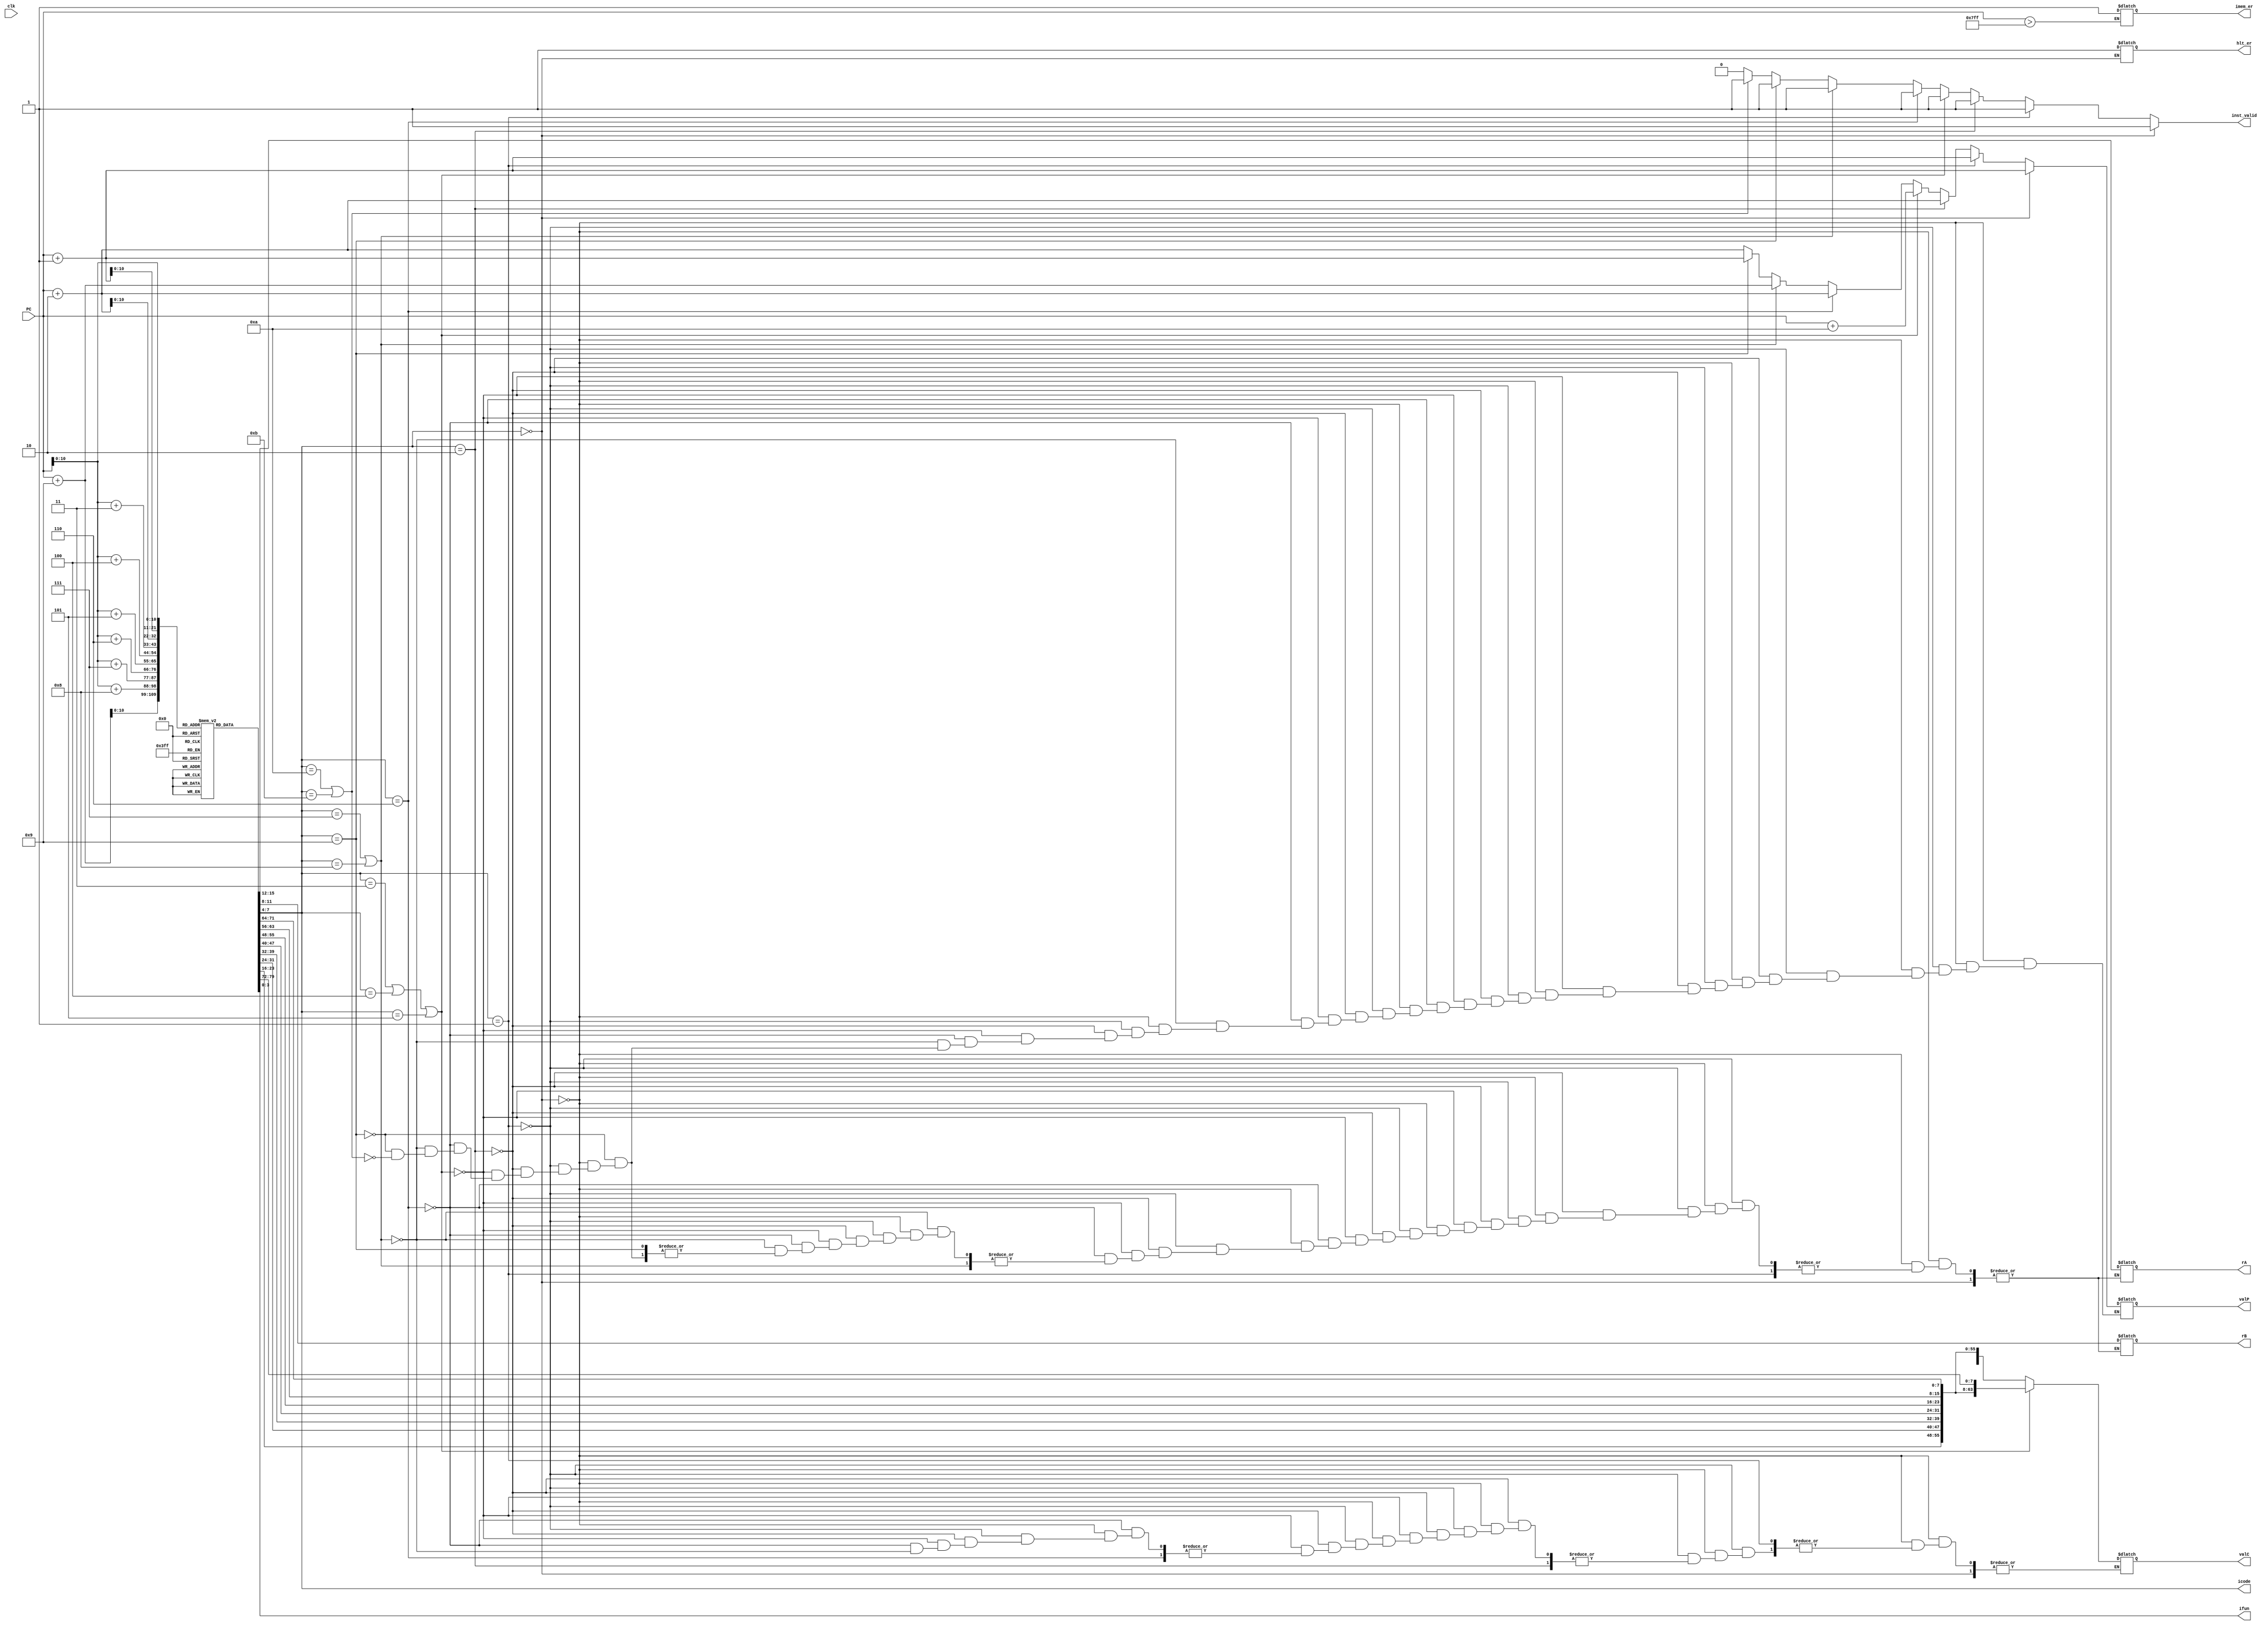
module fetch(clk, PC, icode, ifun, rA, rB, valC, valP, inst_valid, imem_er, hlt_er);

  input clk;                    
  input [63:0] PC;
  output reg [3:0] icode;
  output reg [3:0] ifun;
  output reg [3:0] rA;
  output reg [3:0] rB; 
  output reg [63:0] valC;
  output reg [63:0] valP;
  output reg inst_valid;         //Status condition for instruction invalidity
  output reg imem_er;            //Status condition for invalid address
  output reg hlt_er;             //Status condition for halt
  reg [7:0] insmem[2047:0];      //2kB of instruction memory cause why not
  reg [0:79] inst;               //10 byte max length for instruction

  initial begin
      insmem[0] = 48;
      insmem[1] = 240;
      insmem[2] = 0;
      insmem[3] = 0;
      insmem[4] = 0;
      insmem[5] = 0;
      insmem[6] = 0;
      insmem[7] = 0;
      insmem[8] = 0;
      insmem[9] = 4;

      insmem[10] = 48;
      insmem[11] = 243;
      insmem[12] = 0;
      insmem[13] = 0;
      insmem[14] = 0;
      insmem[15] = 0;
      insmem[16] = 0;
      insmem[17] = 0;
      insmem[18] = 0;
      insmem[19] = 10;

      insmem[20] = 96;
      insmem[21] = 3;

      insmem[22] = 96;
      insmem[23] = 3;

      insmem[24] = 64;
      insmem[25] = 48;
      insmem[26] = 0;
      insmem[27] = 0;
      insmem[28] = 0;
      insmem[29] = 0;
      insmem[30] = 0;
      insmem[31] = 0;
      insmem[32] = 0;
      insmem[33] = 5;

      insmem[34] =80;
      insmem[35] = 32;
      insmem[36] = 0;
      insmem[37] = 0;
      insmem[38] = 0;
      insmem[39] = 0;
      insmem[40] = 0;
      insmem[41] = 0;
      insmem[42] = 0;
      insmem[43] = 5;

      insmem[44] = 96;
      insmem[45] = 2;

      insmem[46] = 33;
      insmem[47] = 32;

      insmem[48] = 96;
      insmem[49] = 32;

      insmem[50] = 33;
      insmem[51] = 0;

      
  end

  always @(*) begin

      if(PC > 2047) begin
        imem_er = 1;               //Invalid address, out of scope
      end

      inst = {insmem[PC], insmem[PC + 1], insmem[PC + 2], insmem[PC + 3], insmem[PC + 4], insmem[PC + 5], insmem[PC + 6], insmem[PC + 7], insmem[PC + 8], insmem[PC + 9]};   //Fetching 10 bytes
      
      icode = inst[0:3];          //Instruction specifier
      ifun = inst[4:7];           //Function specifier for xx instructions
      
      inst_valid = 1;                 //Assume instruction is valid, default case will invalidate
      
      if(icode == 0) begin        //halt instruction encountered
        hlt_er = 1;
        valP = PC + 1;
      end          
      else if (icode == 1) begin  //nop instruction encountered
        valP = PC + 1;
      end
      else if (icode == 2) begin  //cmovxx instruction encountered
        valP = PC + 2; 
        rA = inst[8:11];
        rB = inst[12:15];         //Register specifiers
      end     
      else if (icode == 3 || icode == 4 || icode == 5) begin  
                                  //irmovq/rmmovq/mrmovq instruction encountered
        valP = PC + 10;
        rA = inst[8:11];
        rB = inst[12:15];         //Register specifiers
        valC = inst[16:79];       //Constant value
      end
      else if (icode == 6) begin  //OPq instruction encountered
        valP = PC + 2;
        rA = inst[8:11];
        rB = inst[12:15];         //Register specifiers
      end
      else if (icode == 7 || icode == 8) begin  
                                  //jxx/call instruction encountered
        valP = PC + 9;
        valC = inst[8:71];
      end
      else if (icode == 9) begin  //ret instruction encountered
        valP = PC + 1;
      end
      else if (icode == 10 || icode == 11) begin 
                                  //pushq/popq instruction encountered
        valP = PC + 2;
        rA = inst[8:11];
        rB = inst[12:15];
      end
      else begin
        inst_valid = 0;               //Invalid icode, hence invalid instruction
      end
  end

  always @(*) begin
    $display("Bits fetched = %b", inst);
  end

endmodule